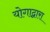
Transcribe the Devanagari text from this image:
योगाद्वारा